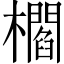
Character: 櫩